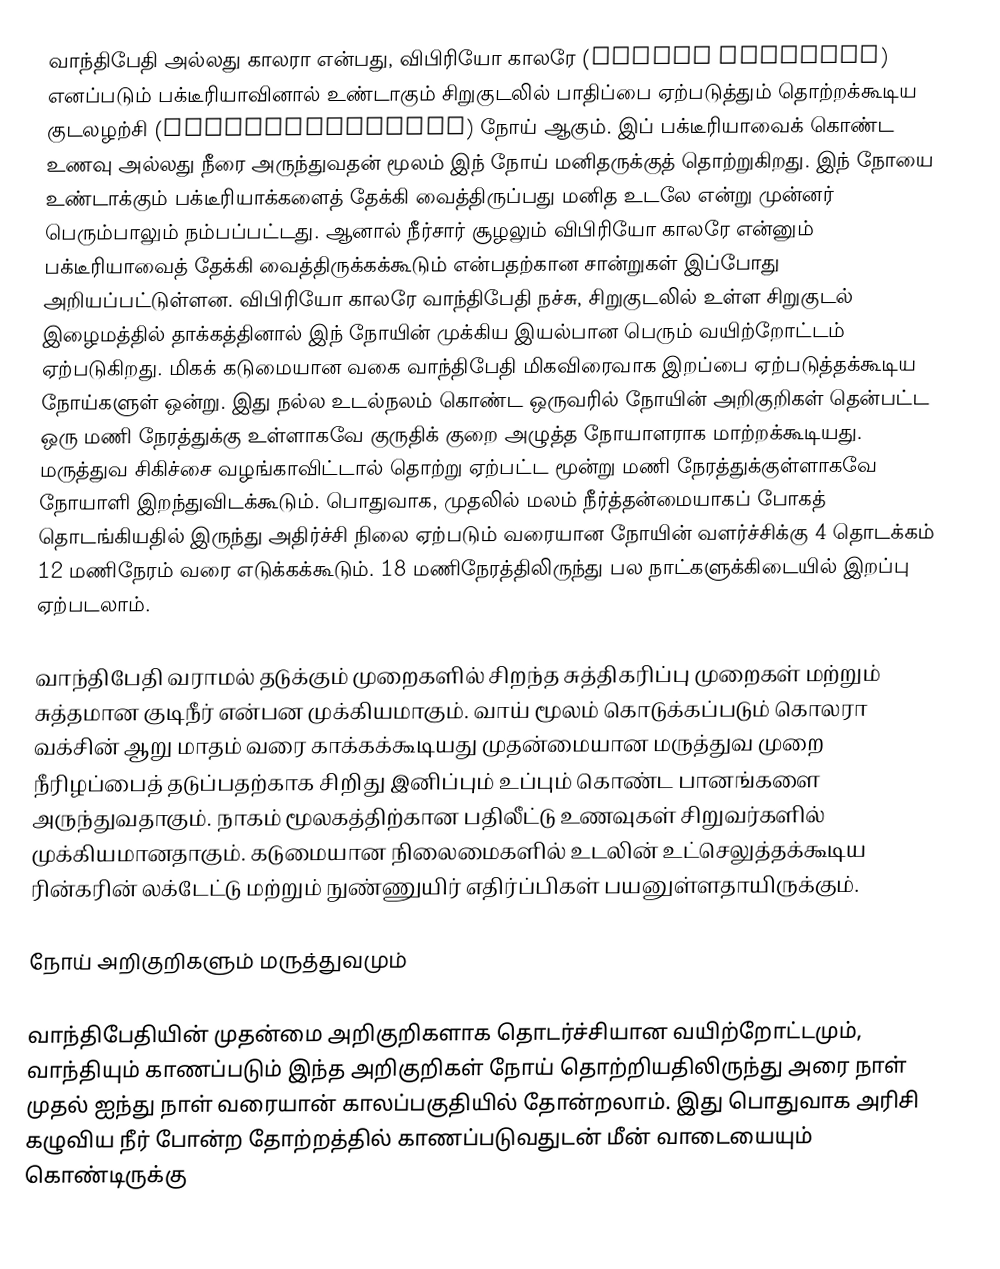
வாந்திபேதி அல்லது காலரா என்பது, விபிரியோ காலரே (Vibrio cholerae) எனப்படும் பக்டீரியாவினால் உண்டாகும் சிறுகுடலில் பாதிப்பை ஏற்படுத்தும் தொற்றக்கூடிய குடலழற்சி (gastroenteritis) நோய் ஆகும். இப் பக்டீரியாவைக் கொண்ட உணவு அல்லது நீரை அருந்துவதன் மூலம் இந் நோய் மனிதருக்குத் தொற்றுகிறது. இந் நோயை உண்டாக்கும் பக்டீரியாக்களைத் தேக்கி வைத்திருப்பது மனித உடலே என்று முன்னர் பெரும்பாலும் நம்பப்பட்டது. ஆனால் நீர்சார் சூழலும் விபிரியோ காலரே என்னும் பக்டீரியாவைத் தேக்கி வைத்திருக்கக்கூடும் என்பதற்கான சான்றுகள் இப்போது அறியப்பட்டுள்ளன. விபிரியோ காலரே வாந்திபேதி நச்சு, சிறுகுடலில் உள்ள சிறுகுடல் இழைமத்தில் தாக்கத்தினால் இந் நோயின் முக்கிய இயல்பான பெரும் வயிற்றோட்டம் ஏற்படுகிறது. மிகக் கடுமையான வகை வாந்திபேதி மிகவிரைவாக இறப்பை ஏற்படுத்தக்கூடிய நோய்களுள் ஒன்று. இது நல்ல உடல்நலம் கொண்ட ஒருவரில் நோயின் அறிகுறிகள் தென்பட்ட ஒரு மணி நேரத்துக்கு உள்ளாகவே குருதிக் குறை அழுத்த நோயாளராக மாற்றக்கூடியது. மருத்துவ சிகிச்சை வழங்காவிட்டால் தொற்று ஏற்பட்ட மூன்று மணி நேரத்துக்குள்ளாகவே நோயாளி இறந்துவிடக்கூடும். பொதுவாக, முதலில் மலம் நீர்த்தன்மையாகப் போகத் தொடங்கியதில் இருந்து அதிர்ச்சி நிலை ஏற்படும் வரையான நோயின் வளர்ச்சிக்கு 4 தொடக்கம் 12 மணிநேரம் வரை எடுக்கக்கூடும். 18 மணிநேரத்திலிருந்து பல நாட்களுக்கிடையில் இறப்பு ஏற்படலாம்.

வாந்திபேதி வராமல் தடுக்கும் முறைகளில் சிறந்த சுத்திகரிப்பு முறைகள் மற்றும் சுத்தமான குடிநீர் என்பன முக்கியமாகும். வாய் மூலம் கொடுக்கப்படும் கொலரா வக்சின் ஆறு மாதம் வரை காக்கக்கூடியது முதன்மையான மருத்துவ முறை நீரிழப்பைத் தடுப்பதற்காக சிறிது இனிப்பும் உப்பும் கொண்ட பானங்களை அருந்துவதாகும். நாகம் மூலகத்திற்கான பதிலீட்டு உணவுகள் சிறுவர்களில் முக்கியமானதாகும். கடுமையான நிலைமைகளில் உடலின் உட்செலுத்தக்கூடிய ரின்கரின் லக்டேட்டு மற்றும் நுண்ணுயிர் எதிர்ப்பிகள் பயனுள்ளதாயிருக்கும்.

நோய் அறிகுறிகளும் மருத்துவமும்

வாந்திபேதியின் முதன்மை அறிகுறிகளாக தொடர்ச்சியான வயிற்றோட்டமும், வாந்தியும் காணப்படும் இந்த அறிகுறிகள் நோய் தொற்றியதிலிருந்து அரை நாள் முதல்  ஐந்து நாள் வரையான் காலப்பகுதியில் தோன்றலாம். இது பொதுவாக அரிசி கழுவிய நீர் போன்ற தோற்றத்தில் காணப்படுவதுடன் மீன் வாடையையும் கொண்டிருக்கு